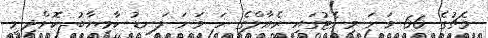
މެޗުގެ 66 ވަނަ މިނެޓުގައި ރެއާލްގެ ހަ ވަނަ ލަނޑު ކާމިޔާބު ކޮށްދިނީ